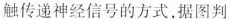
触传递神经信号的方式，据图判